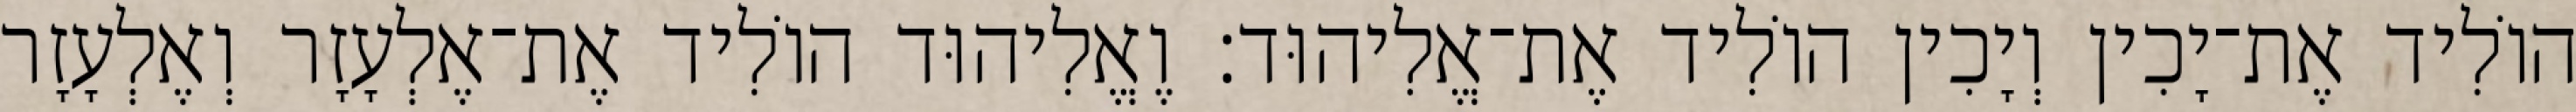
הוֹלִיד אֶת־יָכִין וְיָכִין הוֹלִיד אֶת־אֱלִיהוּד׃ וֶאֱלִיהוּד הוֹלִיד אֶת־אֶלְעָזָר וְאֶלְעָזָר